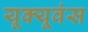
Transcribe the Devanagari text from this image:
यूक्यूवंस